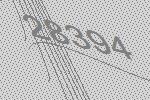
28394